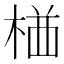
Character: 𭪯